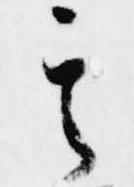
其